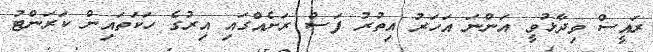
ރައީސް ވިދާޅުވީ އަންނަ އަހަރު އިތުރު ފަސް ރަށެއްގައި އިރުގެ ހަކަތައިން ކަރަންޓު